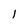
Character: l